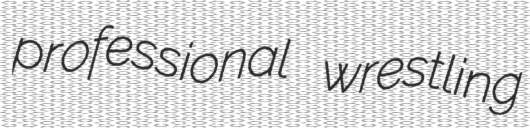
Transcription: professional wrestling